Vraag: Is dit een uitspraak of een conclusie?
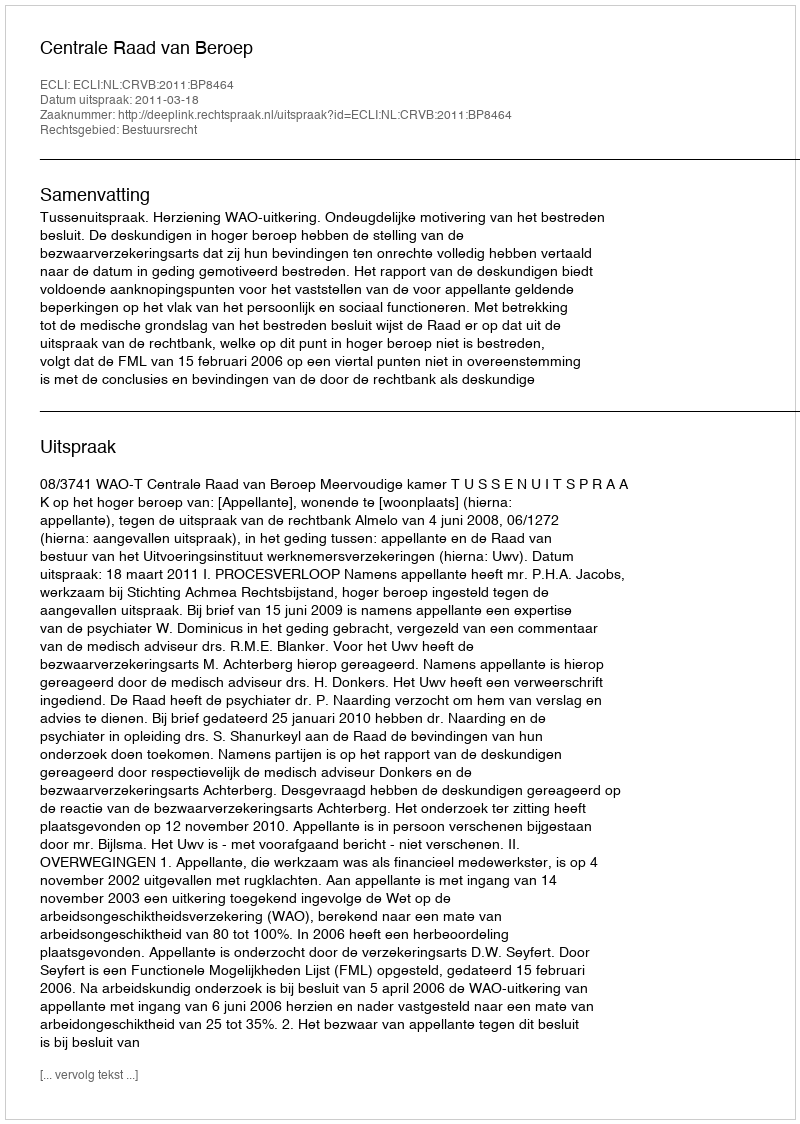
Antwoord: Uitspraak